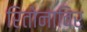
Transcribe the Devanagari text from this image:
रितोनाविर